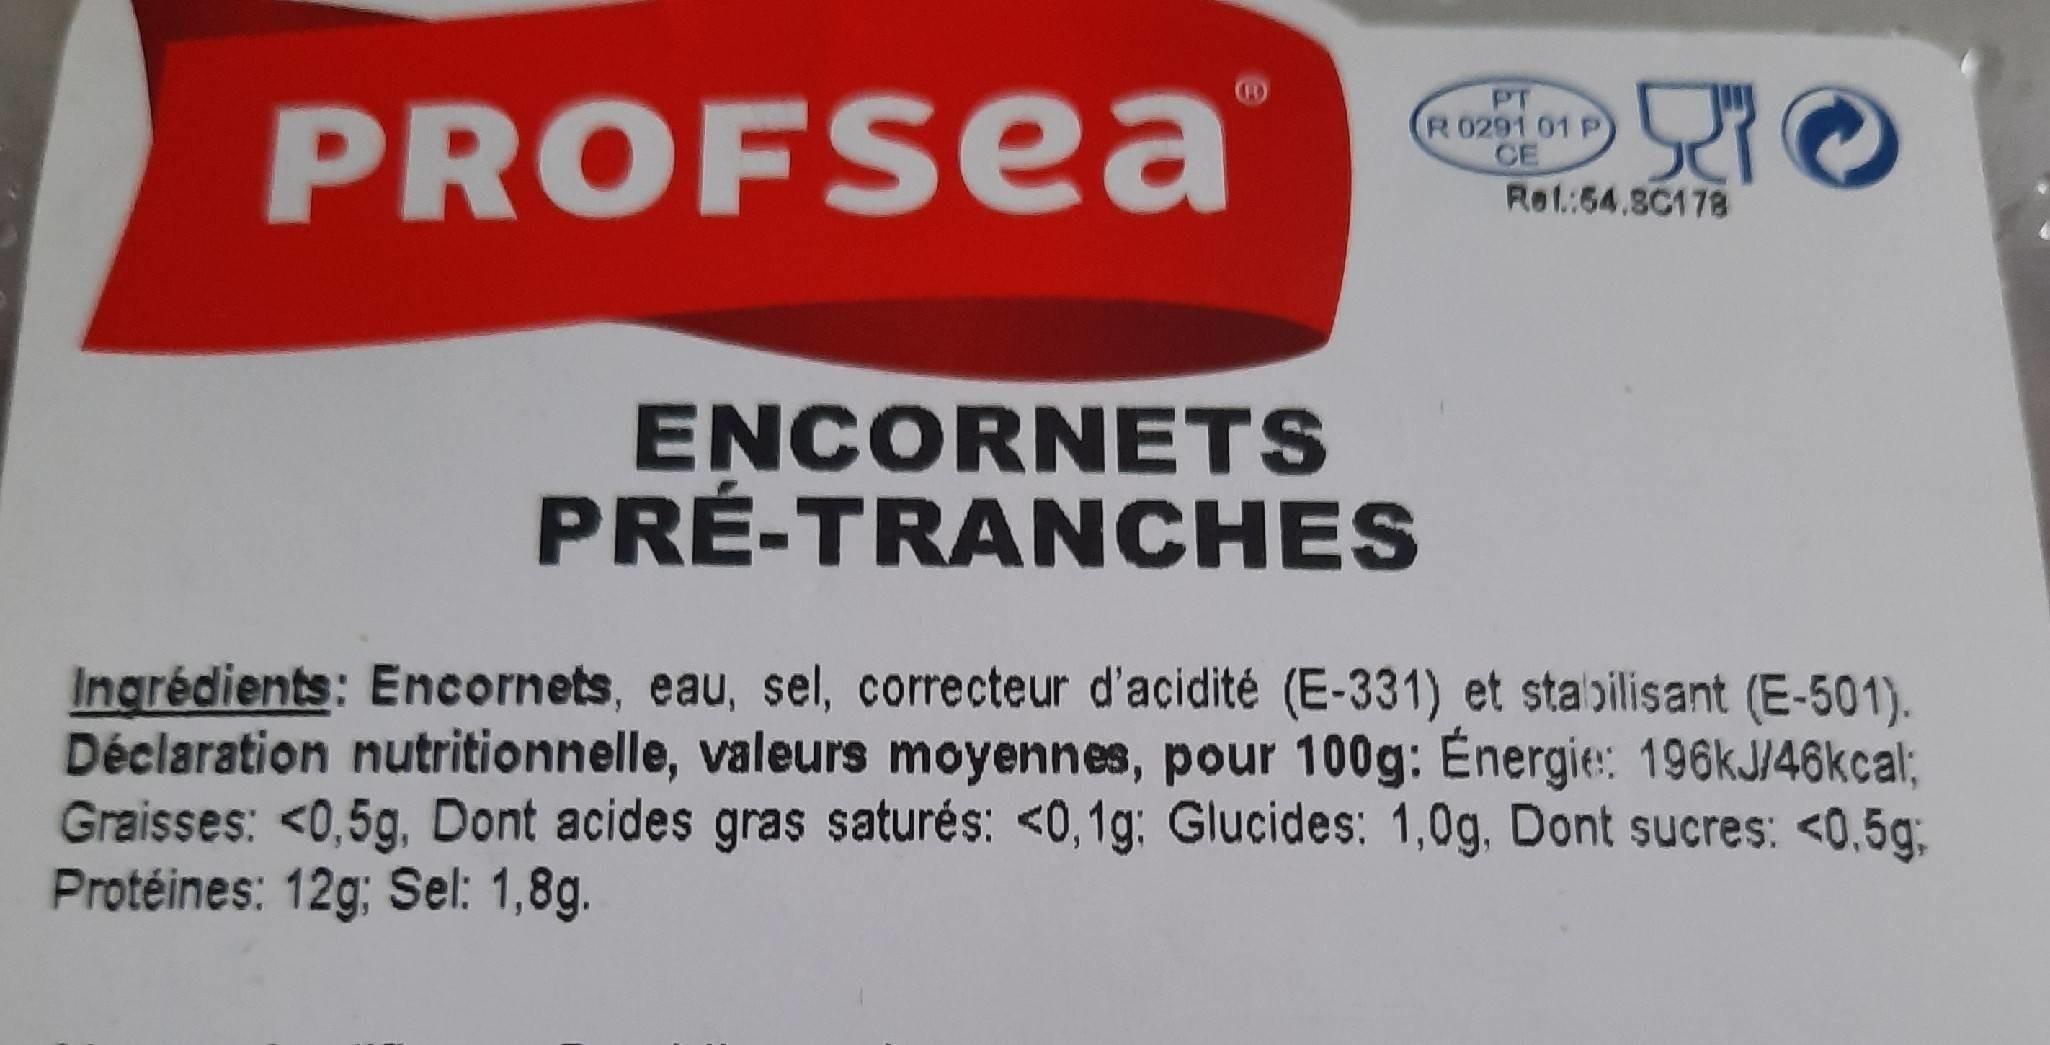
PROFSEa
PT R 0291 01 P CE Ret:54.8C178
ENCORNETS PRÉ-TRANCHES
Ingrédients: Encornets, eau, sel, correcteur d'acidité (E-331) et stabilisant (E-501). Déclaration nutritionnelle, valeurs moyennes, pour 100g: Énergie: 196KJ/46kcal; Graisses: <0,5g, Dont acides gras saturés: <0,1g: Glucides: 1,0g, Dont sucres: <0,5g; Protéines: 12g; Sel: 1,8g.